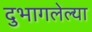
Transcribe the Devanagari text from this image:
दुभागलेल्या